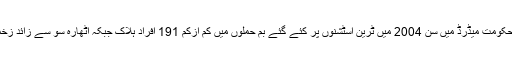
اسپین کے دارالحکومت میڈرڈ میں سن 2004 میں ٹرین اسٹشنوں پر کئے گئے بم حملوں میں کم ازکم 191 افراد ہلاک جبکہ اٹھارہ سو سے زائد زخمی ہوئے تھے۔